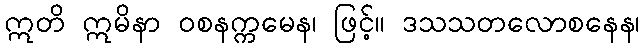
ဣတိ ဣမိနာ ဝစနက္ကမေန၊ ဖြင့်။ ဒသသတလောစနေန၊